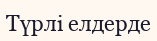
Түрлі елдерде